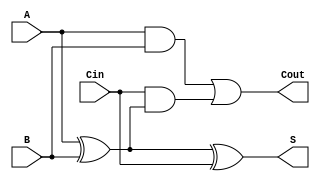
module full_adder (
    input wire A,     // First input bit
    input wire B,     // Second input bit
    input wire Cin,   // Carry-in bit
    output wire S,    // Sum output
    output wire Cout   // Carry-out output
);

// Internal signals for intermediate calculations
wire AxorB;

// Calculate Sum (S)
assign AxorB = A ^ B; // A XOR B
assign S = AxorB ^ Cin; // (A XOR B) XOR Cin

// Calculate Carry-out (Cout)
assign Cout = (A & B) | (Cin & AxorB); // (A AND B) OR (Cin AND (A XOR B))

endmodule